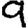
Digit: 9